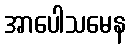
အာပေါသမေန